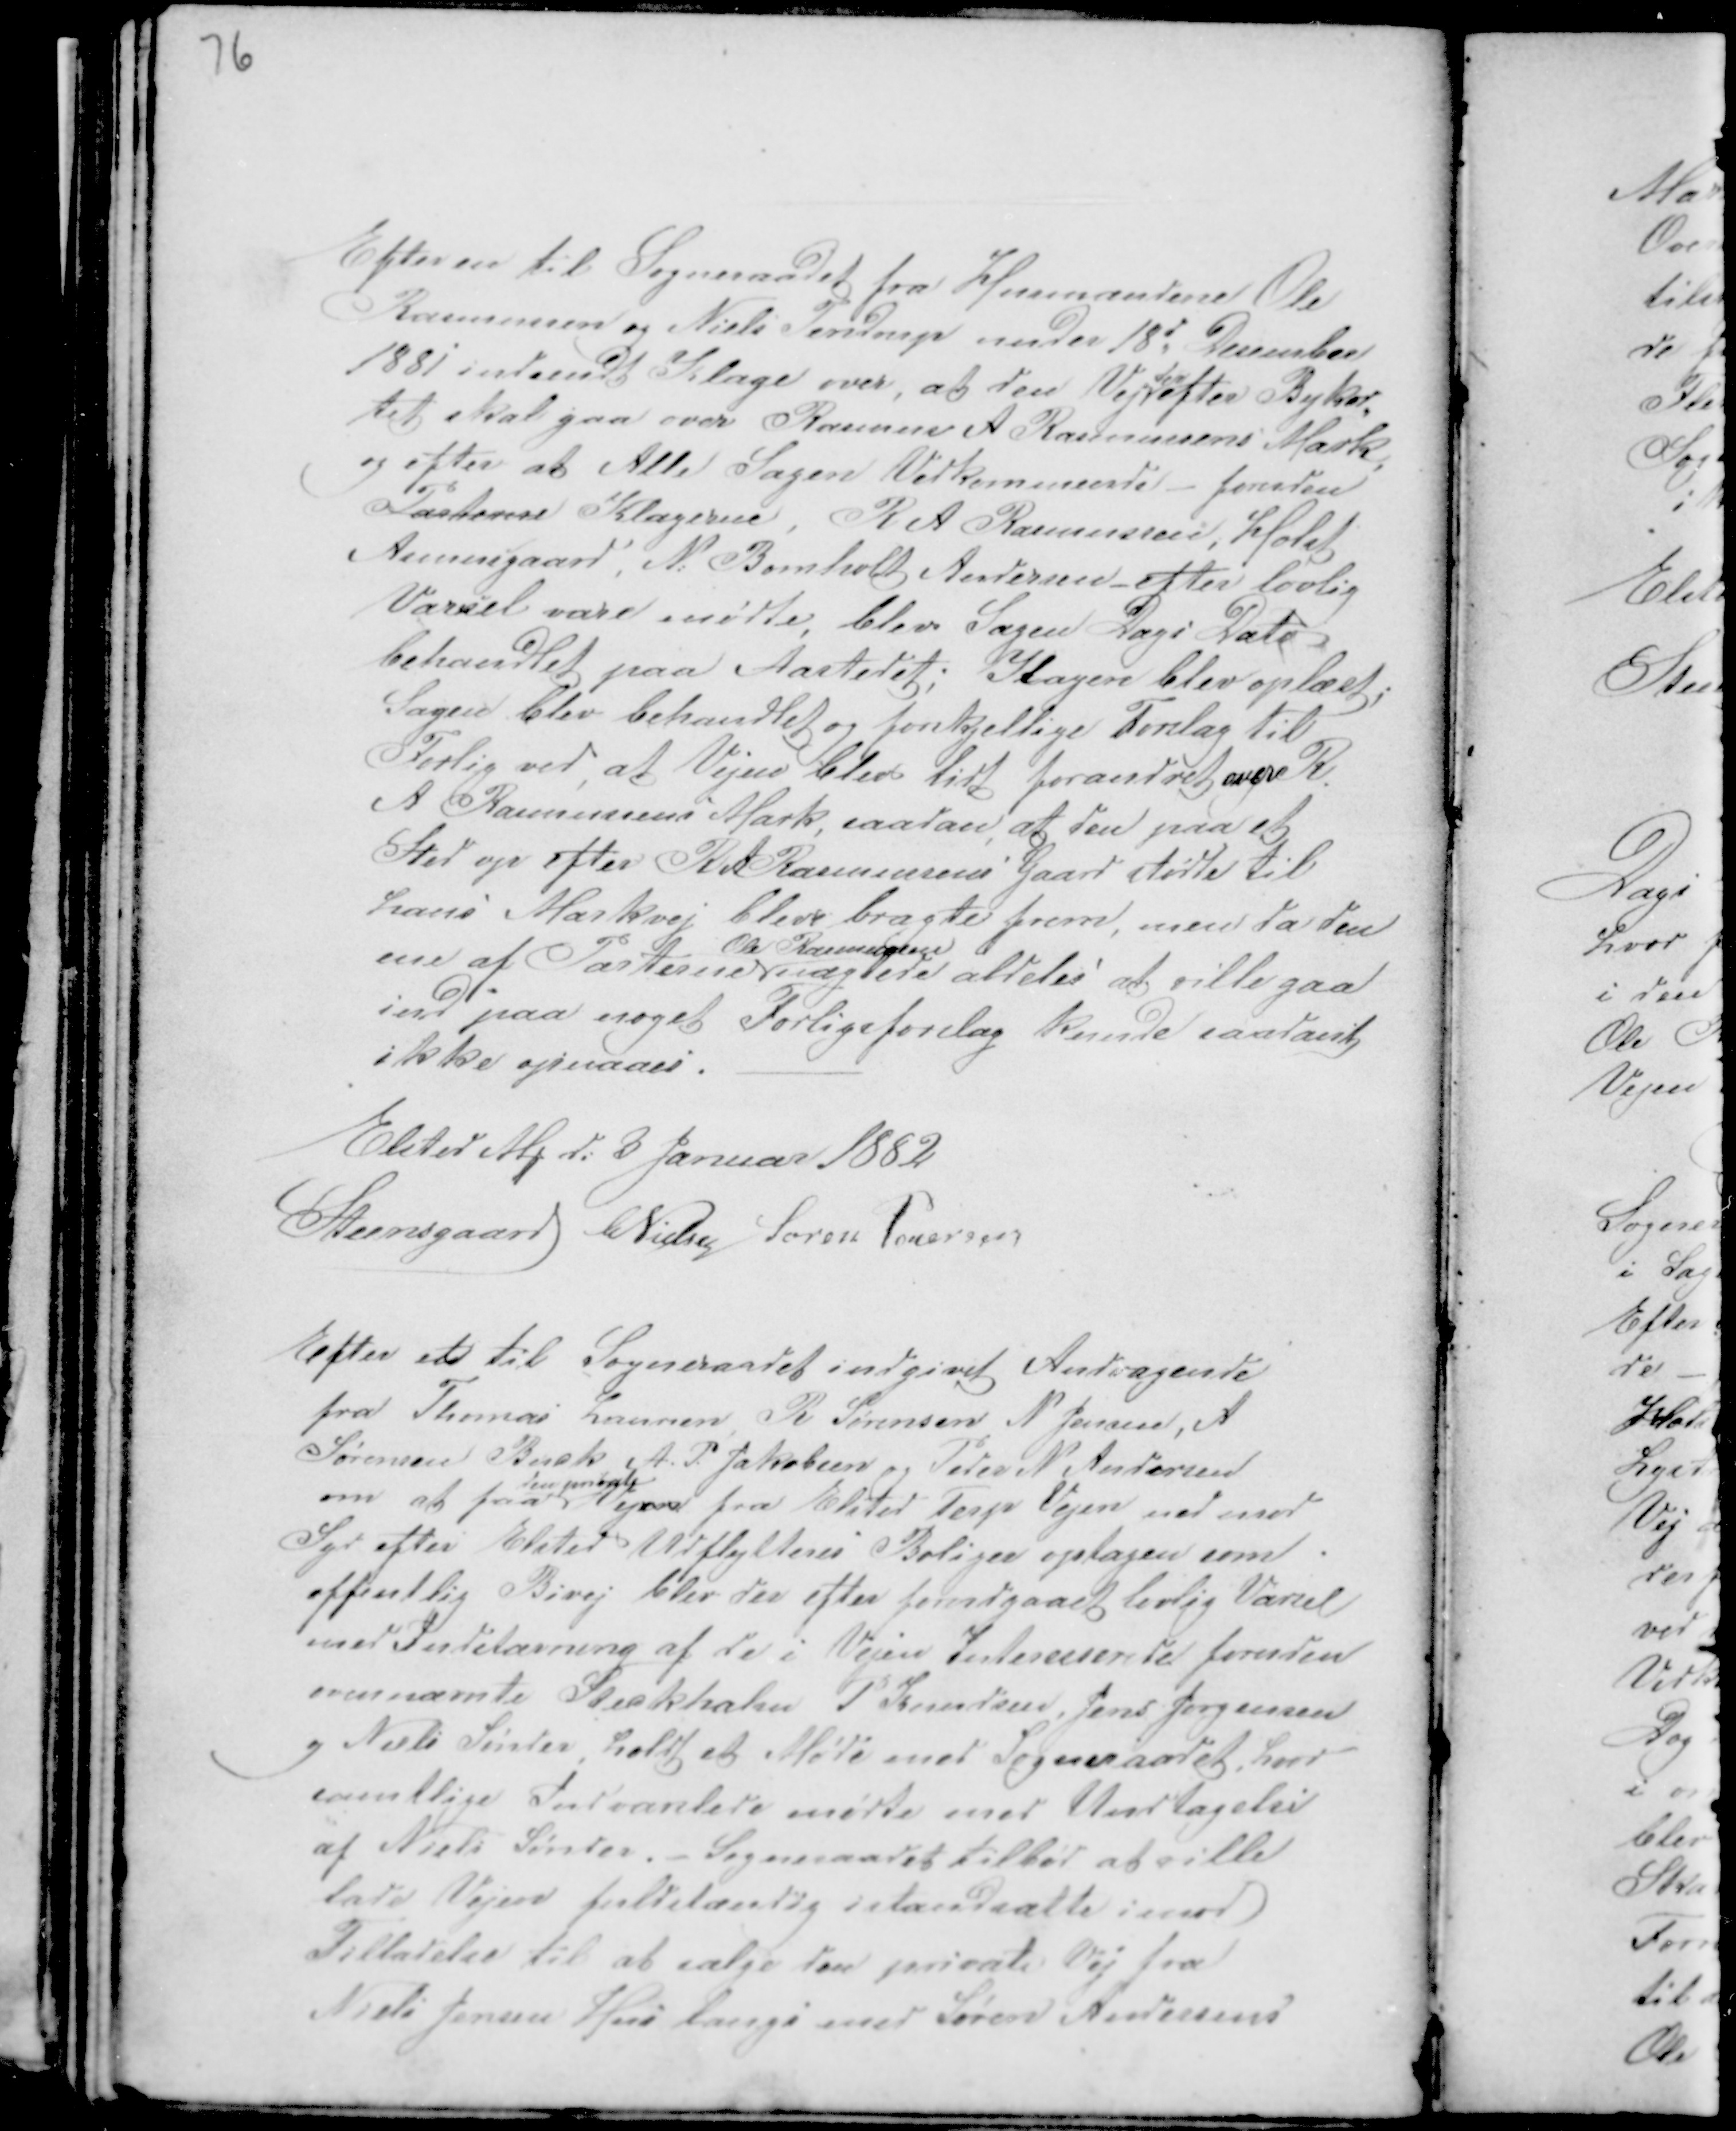
Transskription:
Efter en til Sogneraadet fra Husmændene Ole
Rasmussen og Niels Tendrup under 18d Desember
1881 indsendt Klage over, at den Vej
der
efter Bykor-
tet skal gaa over Rasmus A Rasmussens Mark,
og efter at Alle Sagen Vedkommende - foruden
Parterne Klagerne, R A Rasmussen, Holst
Asmusgaard, N: Bomholt Andersen efter lovlig
Varsel vare mødte, blev Sagen Dags Dato
behandlet paa Aastedet; Klagen blev oplæst;
Sagen blev behandlet og forskjellige Forslag til
Forlig ved, at Vejen blev lidt forandret over R.
A Rasmussens Mark, saadan, at den paa et
Sted op efter R A Rasmussens Gaard stødte til
hans Markvej bleve bragte frem, men da den
ene af Parterne
Ole Rasmussen
nægtede aldeles at ville gaa
ind paa noget Forligsforslag kunde saadant
ikke opnaaes. -
Elsted M d: 3 Januar 1882
Steensgaard CNielsen Søren Pedersen

Efter et til Sogneraadet indgivet Andragende
fra Thomas Laursen R Sørensen N Jensen, A
Sørensen Buck A. P. Jakobsen Peder N Andersen
om at faa
den private
Vejen fra Elsted Terp Vejen ned mod
Syd efter Elsteds Udflytteres Boliger optagen som
offentlig Bivej blev der efter forudgaaet lovlig Varsel
med Indstævning af de i Vejen Interesserede foruden
ovennævnte Steckhahn P Knudsen, Jens Jørgensen
og Niels Sønder, holdt et Møde med Sogneraadet, hvor
samtlige Indvarslede mødte med Undtagelse
af Niels Sønder. - Sogneraadet tilbød at ville
lade Vejen fuldstændig Istandsætte imod
Tilladelse til at sælge den private Vej fra
Niels Jensen Hus langs med Søren Andersens